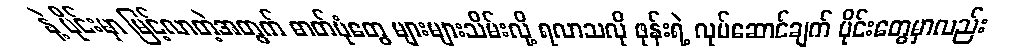
နဲ့ ပိုင်းမှာ မြင့်လာတဲ့အတွက် ဓာတ်ပုံတွေ များများသိမ်းလို့ ရလာသလို ဖုန်းရဲ့ လုပ်ဆောင်ချက် ပိုင်းတွေမှာလည်း